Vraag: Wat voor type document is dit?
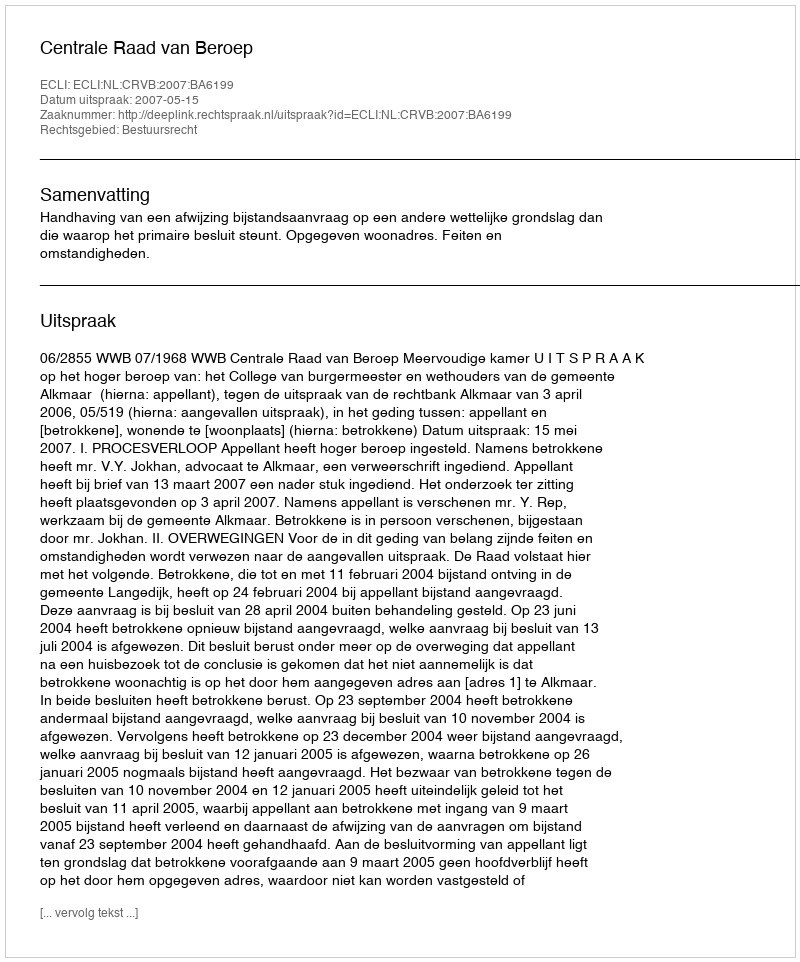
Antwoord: Uitspraak